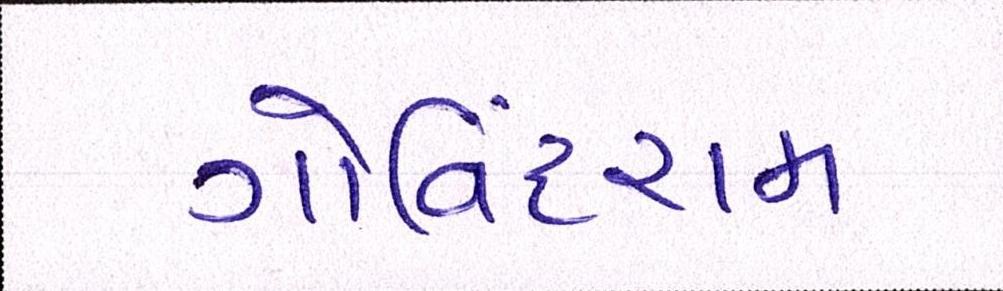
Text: ગોવિંદરામ